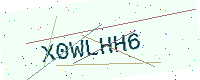
Text: X0WLHH6